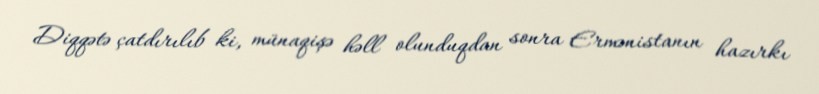
Diqqətə çatdırılıb ki, münaqişə həll olunduqdan sonra Ermənistanın hazırkı